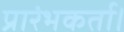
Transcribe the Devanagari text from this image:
प्रारंभकर्ता।